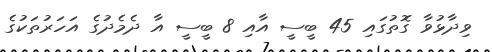
ވިދާޅުވާ ގޮތުގައި 45 ބީސީ އާއި 8 ބީސީ އާ ދެމެދުގެ އަހަރުތަކުގެ